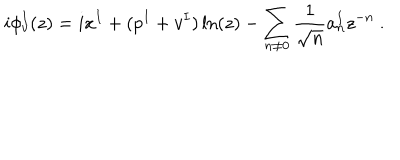
i \phi _ { v } ^ { I } ( z ) = i x ^ { I } + ( p ^ { I } + v ^ { I } ) \ln ( z ) - \sum _ { n \not = 0 } { \frac { 1 } { \sqrt { n } } } a _ { n } ^ { I } z ^ { - n } ~ .